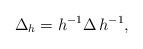
LaTeX: \begin{align*}\Delta _{h} = h^{-1} \Delta \, h^{-1} ,\end{align*}